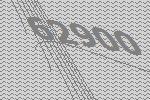
62900